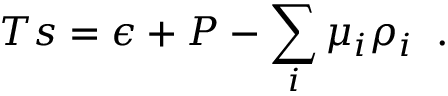
T s = \epsilon + P - \sum _ { i } \mu _ { i } \rho _ { i } \; \; .